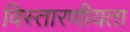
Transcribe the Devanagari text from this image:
विस्तारणीयता